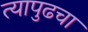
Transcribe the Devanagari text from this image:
त्यापुढचा